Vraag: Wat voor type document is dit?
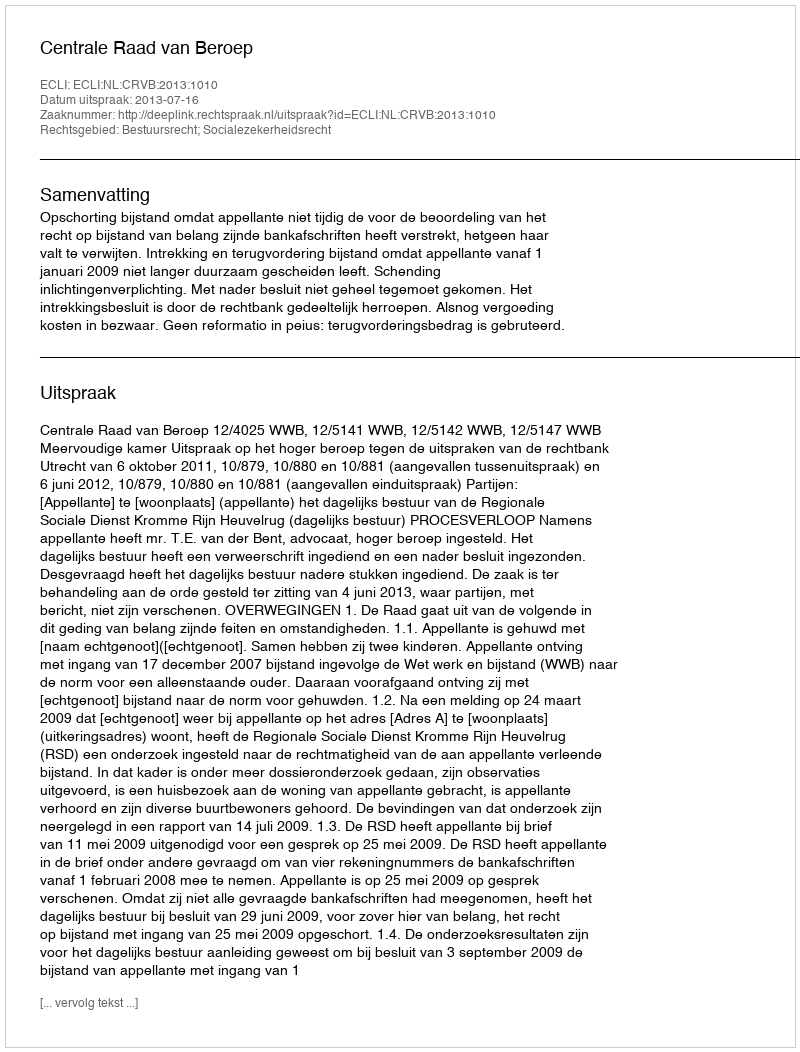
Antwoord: Uitspraak